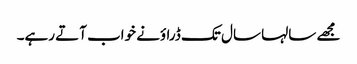
مجھے سالہا سال تک ڈراؤنے خواب آتے رہے۔